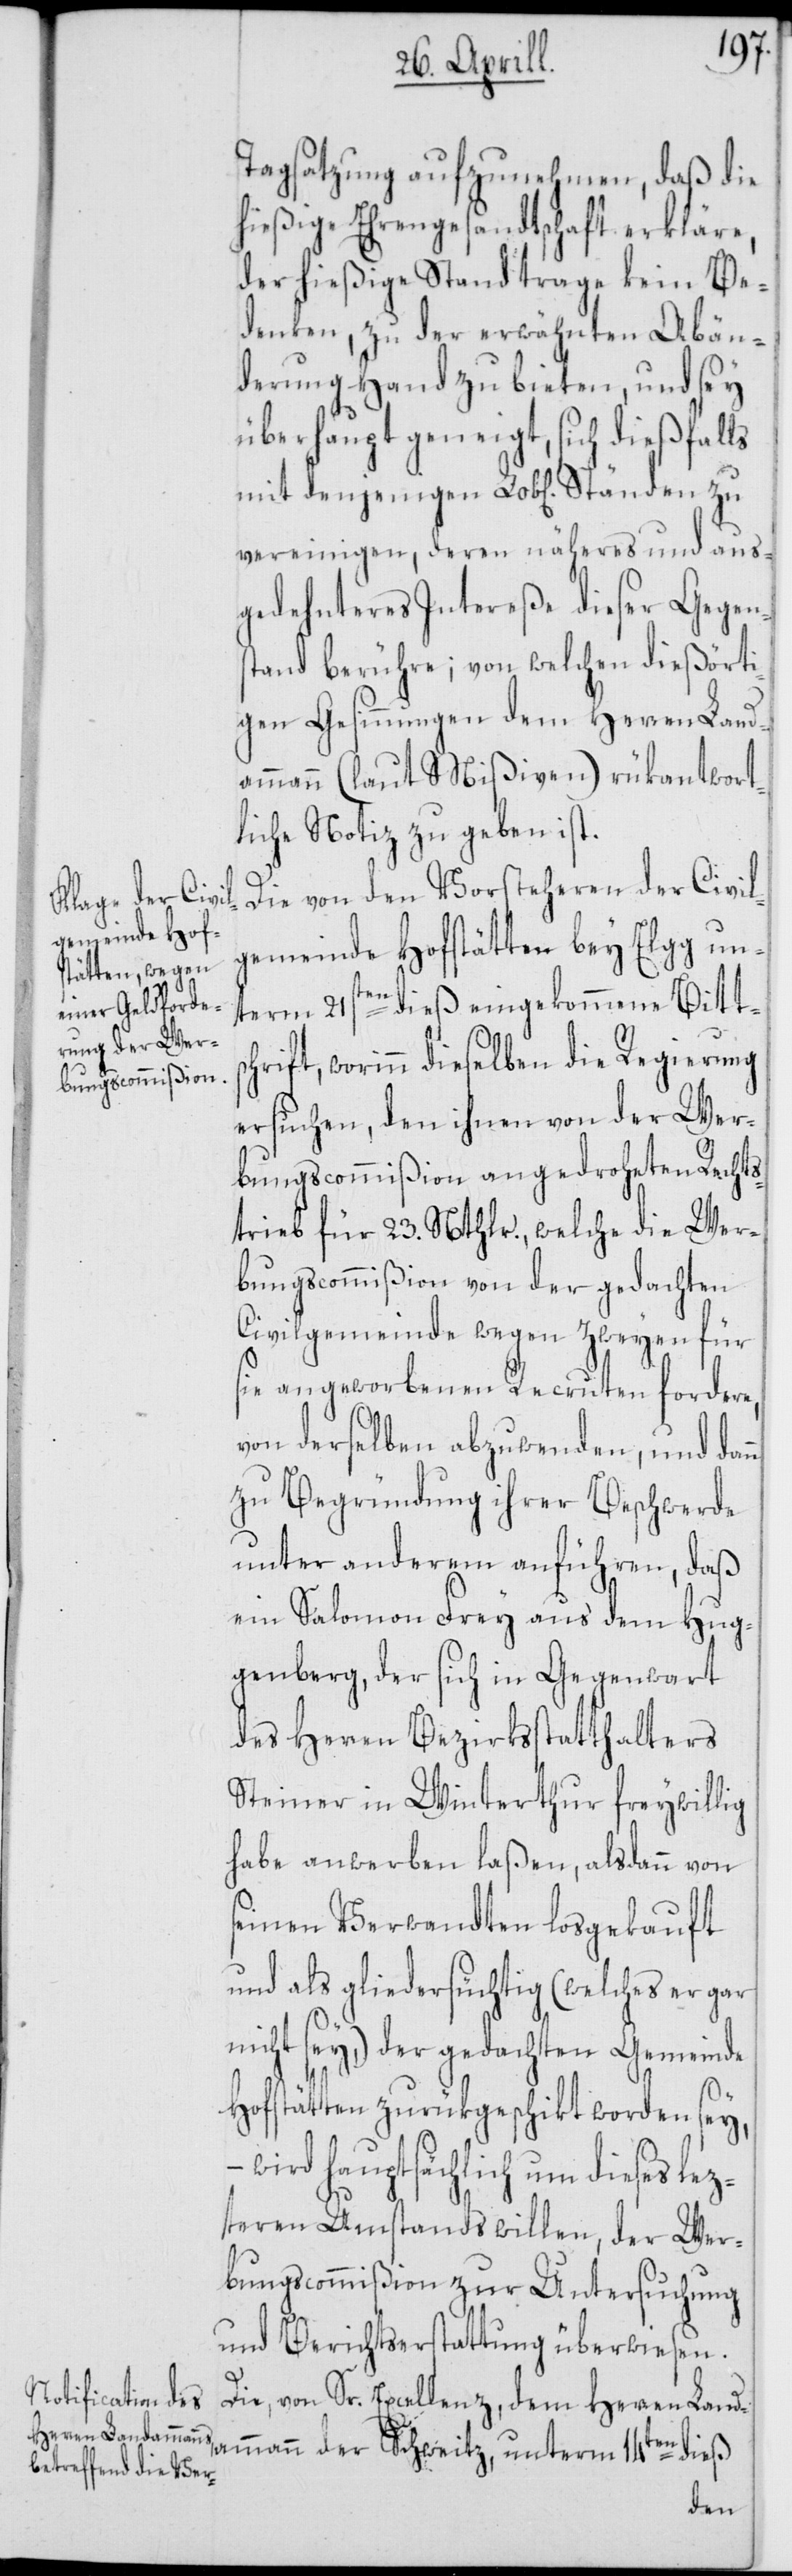
Tagsatzung aufzunehmen, daß die
hießige Ehrengesandtschaft erkläre,
der hießige Stand trage kein Be¬
denken, zu der erwähnten Abän¬
derung Hand zu bieten, und sey
überhaupt geneigt, sich dießfalls
vereinigen, deren näheres und aus¬
gedehnteres Intereße dieser Gegen¬
stand berühre; von welchen diesörti¬
gen Gesinnungen dem Herren Land¬
ammann (laut Mißiven) rükantwort¬
liche Notiz zu geben ist.
Die von den Vorsteheren der Civil¬
gemeinde Hofstätten bey Elgg un¬
term 21sten dieß eingekommene Bittsc¬
hrift, worinn dieselben die Regierung
ersuchen, den ihnen von der Wer¬
bungscommißion angedroheten Rechts¬
trieb für 23. Nthlr., welche die Wer¬
bungscommißion von der gedachten
Civilgemeinde wegen zweyen für
sie angeworbenen Recruten fordere,
von derselben abzuwenden, und dann
zu Begründung ihrer Beschwerde
unter anderem anführen, daß
ein Salomon Frey aus dem Hug¬
genberg, der sich in Gegenwart
des Herren Bezirksstatthalters
Steiner in Winterthur freywillig
habe anwerben laßen, alsdann von
seinen Verwandten losgekauft
und als gliedersüchtig (welches er gar
nicht sey,) der gedachten Gemeinde
Hofstätten zurükgeschikt worden sey,
wird hauptsächlich um dieses lez¬
teren Umstands willen, der Wer¬
bungscommißion zur Untersuchung
und Berichtserstattung überwiesen.
Die, von Sr. Excellenz, dem Herren Land¬
ammann der Schweitz, unterm 14ten dieß